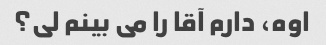
اوه، دارم آقا را می بینم لی؟